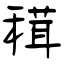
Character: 穁